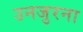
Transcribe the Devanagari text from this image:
उनजुरना